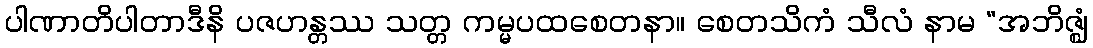
ပါဏာတိပါတာဒီနိ ပဇဟန္တဿ သတ္တ ကမ္မပထစေတနာ။ စေတသိကံ သီလံ နာမ “အဘိဇ္ဈံ